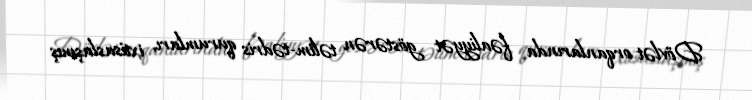
Dövlət orqanlarında fəaliyyət göstərən təlim-tədris qurumları, ixtisaslaşmış